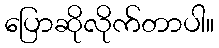
ပြောဆိုလိုက်တာပါ။